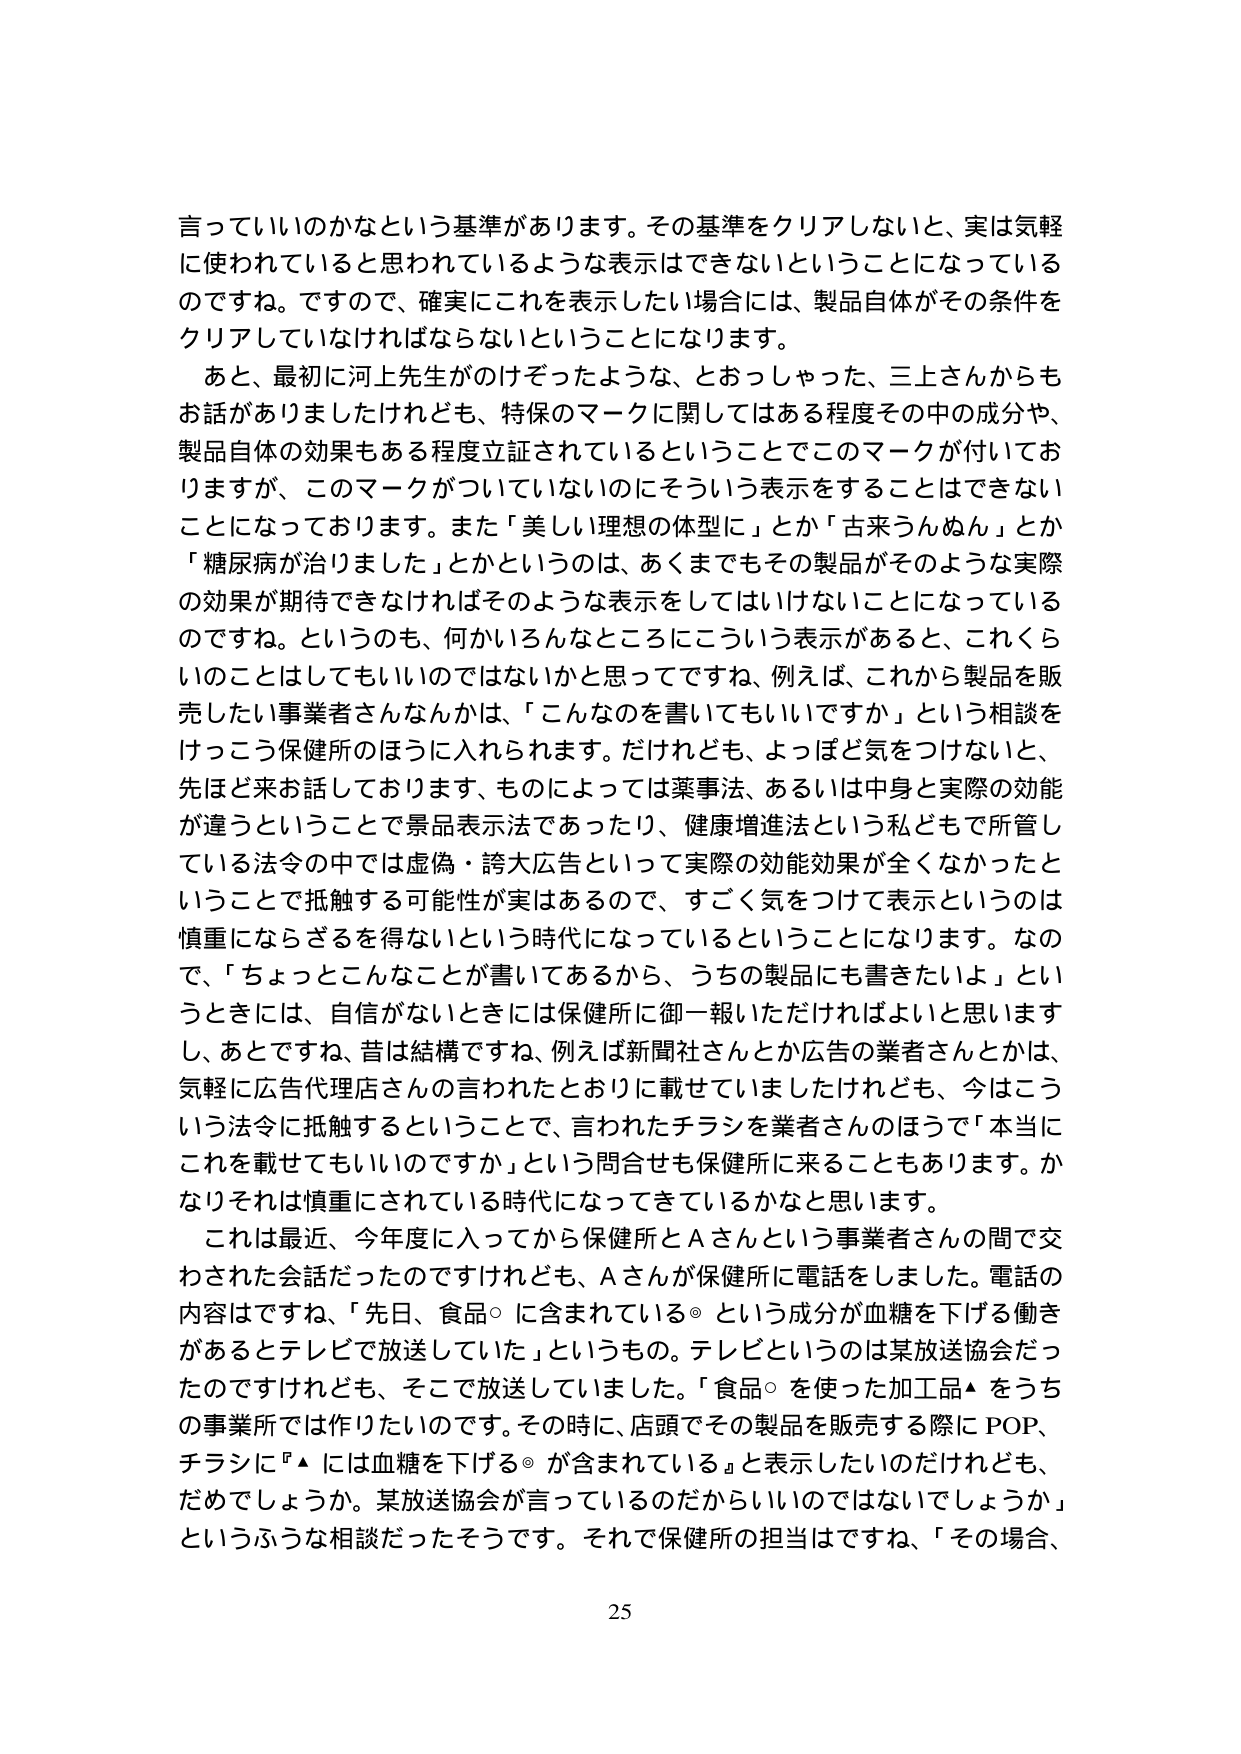
言っていいのかなという基準があります。その基準をクリアしないと、実は気軽に使われていると思われているような表示はできないということになっているのですね。ですので、確実にこれを表示したい場合には、製品自体がその条件をクリアしていなければならないということになります。

あと、最初に河上先生がのけぞったような、とおっしゃった、三上さんからもお話がありましたけれども、特保のマークに関してはある程度その中の成分や、製品自体の効果もある程度立証されているということでこのマークが付いておりますが、このマークがついていないのにそういう表示をすることはできないことになっております。また「美しい理想の体型に」とか「古来うんぬん」とか「糖尿病が治りました」とかというのは、あくまでもその製品がそのような実際の効果が期待できなければそのような表示をしてはいけないことになっているのですね。というのも、何かいろんなところにこういう表示があると、これくらいのことはしてもいいのではないかと思ってですね、例えば、これから製品を販売したい事業者さんなんかは、「こんなものを書いてもいいですか」という相談をけっこう保健所のほうに入れられます。だけれども、よっぽど気をつけないと、先ほど来お話しております、ものによっては薬事法、あるいは中身と実際の効能が違うということで景品表示法であったり、健康増進法という私どもで所管している法令の中では虚偽・誇大広告といって実際の効能効果が全くなかったということで抵触する可能性が実はあるので、すごく気をつけて表示というのは慎重にならざるを得ないという時代になっているということになります。なので、「ちょっとこんなことが書いてあるから、うちの製品にも書きたいよ」というときには、自信がないときには保健所に御一報いただければよいと思いますし、あとですね、昔は結構ですね、例えば新聞社さんとか広告の業者さんとかは、気軽に広告代理店さんの言われたとおりに載せていましたけれども、今こういう法令に抵触するということで、言われたチラシを業者さんのほうで「本当にこれを載せてもいいのですか」という問合せも保健所に来ることもあります。かなりそれは慎重にされている時代になってきているかなと思います。

これは最近、今年度に入ってから保健所とAさんという事業者さんの間で交わされた会話だったのですけれども、Aさんが保健所に電話をしました。電話の内容はですね、「先日、食品○に含まれている◎という成分が血糖を下げる働きがあるとテレビで放送していた」というもの。テレビというのは某放送協会だったのですけれども、そこで放送していました。「食品○を使った加工品▲をうちの事業所では作りたいのです。その時に、店頭でその製品を販売する際にPOP、チラシに『▲には血糖を下げる◎が含まれている』と表示したいのだけれども、だめでしょうか。某放送協会が言っているのだからいいのではないでしょうか」というふうな相談だったそうです。それで保健所の担当はですね、「その場合、